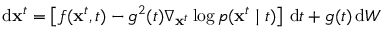
\mathrm { d } \mathbf { x } ^ { t } = \left[ f ( \mathbf { x } ^ { t } , t ) - g ^ { 2 } ( t ) \nabla _ { \mathbf { x } ^ { t } } \log p ( \mathbf { x } ^ { t } \mid t ) \right] \, \mathrm { d } t + g ( t ) \, \mathrm { d } W